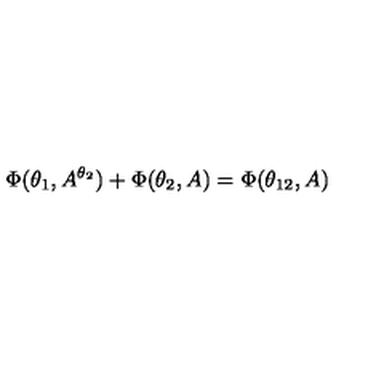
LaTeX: \Phi ( \theta _ { 1 } , A ^ { \theta _ { 2 } } ) + \Phi ( \theta _ { 2 } , A ) = \Phi ( \theta _ { 1 2 } , A )